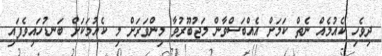
ދިވެހި ކެއުމެއް ނެތް ކަމަށް އެއްބަސްވާން މަޖުބޫރުވާ މިންވަރަށް މި ކެއުމަކަށް ބަނޑުހައިވެފައި